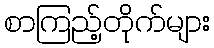
စာကြည့်တိုက်များ